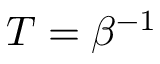
T = \beta ^ { - 1 }